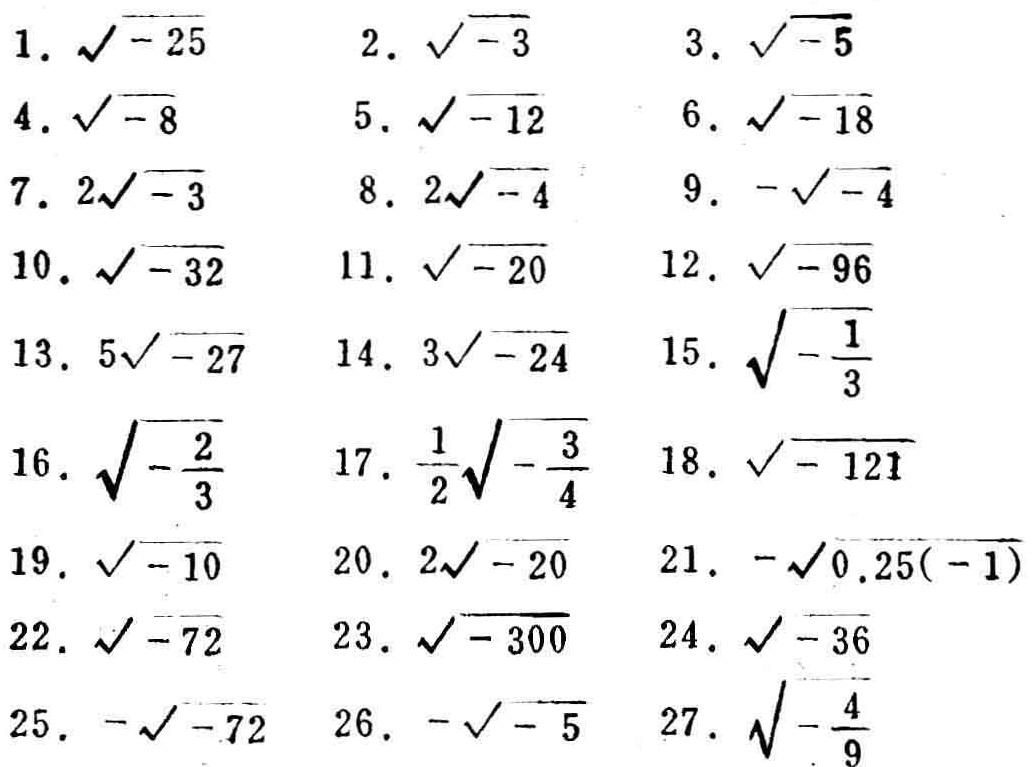
1. $\sqrt{-25}$
2. $\sqrt{-3}$
3. $\sqrt{-5}$
4. $\sqrt{-8}$
5. $\sqrt{-12}$
6. $\sqrt{-18}$
7. $2\sqrt{-3}$
8. $2\sqrt{-4}$
9. $-\sqrt{-4}$
10. $\sqrt{-32}$
11. $\sqrt{-20}$
12. $\sqrt{-96}$
13. $5\sqrt{-27}$
14. $3\sqrt{-24}$
15. $\sqrt{-\frac{1}{3}}$
16. $\sqrt{-\frac{2}{3}}$
17. $\frac{1}{2}\sqrt{-\frac{3}{4}}$
18. $\sqrt{-121}$
19. $\sqrt{-10}$
20. $2\sqrt{-20}$
21. $-\sqrt{0.25(-1)}$
22. $\sqrt{-72}$
23. $\sqrt{-300}$
24. $\sqrt{-36}$
25. $-\sqrt{-72}$
26. $-\sqrt{-5}$
27. $\sqrt{-\frac{4}{9}}$